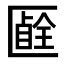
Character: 𠥞